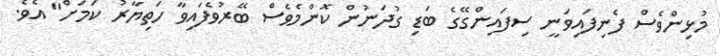
މުޅިންވެސް ފެނިފައިވަނީ ސިފައިންގޭގެ ބަޑި ގުދަނުން ކޮންމެވެސް ބޭރުވެފައިވާ ހަތިޔާރު ކަމަށް" އެވެ.